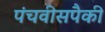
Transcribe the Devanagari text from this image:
पंचवीसपैकी